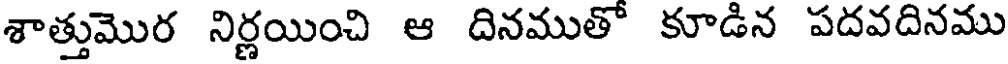
శాత్తుమొర నిర్ణయించి ఆ దినముతో కూడిన పదవదినము